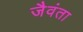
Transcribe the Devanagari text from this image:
जैवंता